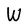
Character: W